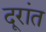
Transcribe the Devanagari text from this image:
दूरांत